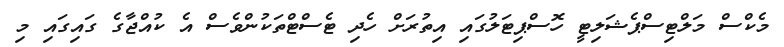
މެކްސް މަލްޓިސްޕެޝަލިޓީ ހޮސްޕިޓަލުގައި އިތުރަށް ހެދި ޓެސްޓްތަކުންވެސް އެ ކުއްޖާގެ ގައިގައި މި